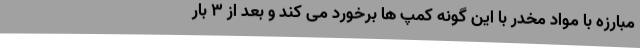
مبارزه با مواد مخدر با این گونه کمپ ها برخورد می کند و بعد از 3 بار